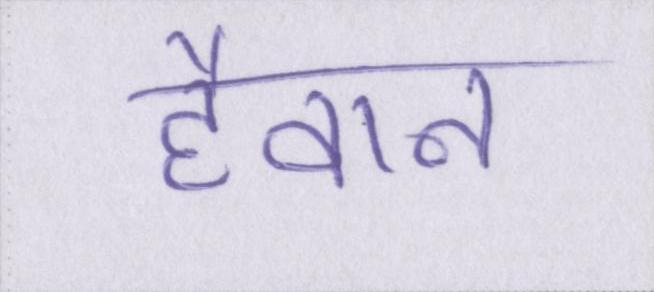
हैवान